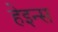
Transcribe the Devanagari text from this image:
हेइन्स